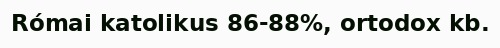
Római katolikus 86-88%, ortodox kb.